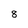
Character: 8